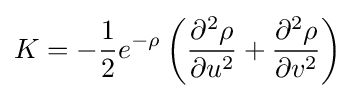
K=-{\frac {1}{2}}e^{-\rho }\left({\frac {\partial ^{2}\rho }{\partial u^{2}}}+{\frac {\partial ^{2}\rho }{\partial v^{2}}}\right)